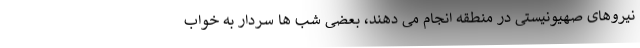
نیروهای صهیونیستی در منطقه انجام می دهند، بعضی شب ها سردار به خواب